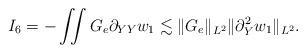
LaTeX: \begin{align*}\begin{aligned}I_6=-\iint G_e\partial_{YY} w_1\lesssim \Vert G_e\Vert_{L^2}\Vert \partial_Y^2 w_1\Vert_{L^2}.\end{aligned}\end{align*}